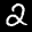
Label: 2